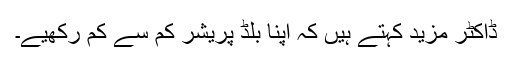
ڈاکٹر مزید کہتے ہیں کہ اپنا بلڈ پریشر کم سے کم رکھیے۔